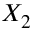
X _ { 2 }